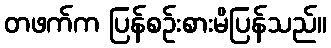
တဖက်က ပြန်စဉ်းစားမိပြန်သည်။